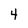
Character: 4